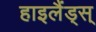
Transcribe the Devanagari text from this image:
हाइलैंड्स्